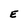
Character: E